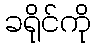
ခရိုင်ကို